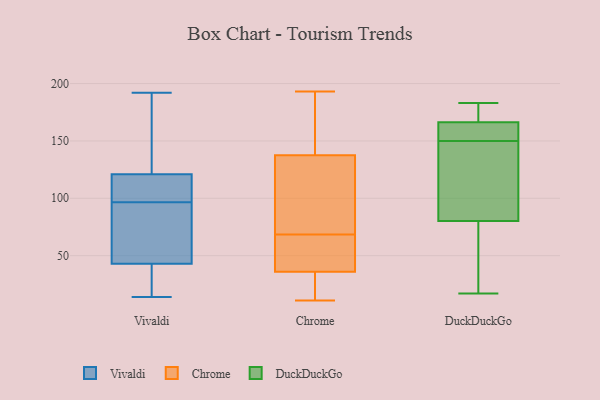
{"axis": {"x": "Humidity (%)", "y": "Value"}, "legend": ["Chrome", "DuckDuckGo", "Vivaldi"], "data": [{"x": "", "y": 94, "type": "Vivaldi"}, {"x": "", "y": 121, "type": "Vivaldi"}, {"x": "", "y": 167, "type": "Vivaldi"}, {"x": "", "y": 37, "type": "Vivaldi"}, {"x": "", "y": 83, "type": "Vivaldi"}, {"x": "", "y": 105, "type": "Vivaldi"}, {"x": "", "y": 99, "type": "Vivaldi"}, {"x": "", "y": 43, "type": "Vivaldi"}, {"x": "", "y": 192, "type": "Vivaldi"}, {"x": "", "y": 14, "type": "Vivaldi"}, {"x": "", "y": 144, "type": "Chrome"}, {"x": "", "y": 70, "type": "Chrome"}, {"x": "", "y": 190, "type": "Chrome"}, {"x": "", "y": 44, "type": "Chrome"}, {"x": "", "y": 43, "type": "Chrome"}, {"x": "", "y": 43, "type": "Chrome"}, {"x": "", "y": 29, "type": "Chrome"}, {"x": "", "y": 27, "type": "Chrome"}, {"x": "", "y": 193, "type": "Chrome"}, {"x": "", "y": 24, "type": "Chrome"}, {"x": "", "y": 67, "type": "Chrome"}, {"x": "", "y": 11, "type": "Chrome"}, {"x": "", "y": 149, "type": "Chrome"}, {"x": "", "y": 113, "type": "Chrome"}, {"x": "", "y": 29, "type": "Chrome"}, {"x": "", "y": 149, "type": "Chrome"}, {"x": "", "y": 131, "type": "Chrome"}, {"x": "", "y": 71, "type": "Chrome"}, {"x": "", "y": 59, "type": "Chrome"}, {"x": "", "y": 82, "type": "Chrome"}, {"x": "", "y": 161, "type": "DuckDuckGo"}, {"x": "", "y": 157, "type": "DuckDuckGo"}, {"x": "", "y": 176, "type": "DuckDuckGo"}, {"x": "", "y": 150, "type": "DuckDuckGo"}, {"x": "", "y": 183, "type": "DuckDuckGo"}, {"x": "", "y": 111, "type": "DuckDuckGo"}, {"x": "", "y": 168, "type": "DuckDuckGo"}, {"x": "", "y": 50, "type": "DuckDuckGo"}, {"x": "", "y": 20, "type": "DuckDuckGo"}, {"x": "", "y": 70, "type": "DuckDuckGo"}, {"x": "", "y": 171, "type": "DuckDuckGo"}, {"x": "", "y": 130, "type": "DuckDuckGo"}, {"x": "", "y": 17, "type": "DuckDuckGo"}, {"x": "", "y": 151, "type": "DuckDuckGo"}, {"x": "", "y": 140, "type": "DuckDuckGo"}]}